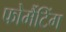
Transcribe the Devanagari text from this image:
फोर्मैटिंग